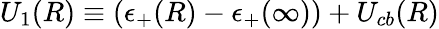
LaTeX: U_{1}(R)\equiv(\epsilon_{+}(R)-\epsilon_{+}(\infty))+U_{cb}(R)